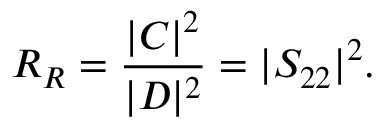
R _ { R } = { \frac { | C | ^ { 2 } } { | D | ^ { 2 } } } = | S _ { 2 2 } | ^ { 2 } .